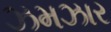
ઝમઝાર